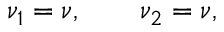
\nu _ { 1 } = \nu , \qquad \nu _ { 2 } = \nu ,